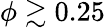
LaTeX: \phi\gtrsim 0.25